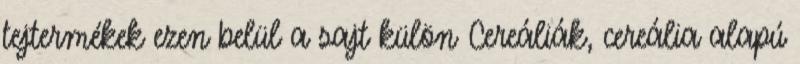
tejtermékek ezen belül a sajt külön Cereáliák, cereália alapú